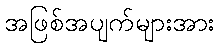
အဖြစ်အပျက်များအား